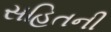
સહિતની